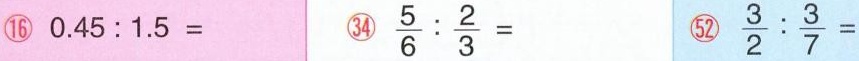
⑯$$0 . 4 5 : 1 . 5 =$$ ㉞ $$\frac { 5 } { 6 } : \frac { 2 } { 3 } =$$ \bigcirc{52} $$\frac { 3 } { 2 } : \frac { 3 } { 7 } =$$